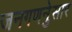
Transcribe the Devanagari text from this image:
जनगणनेुसार